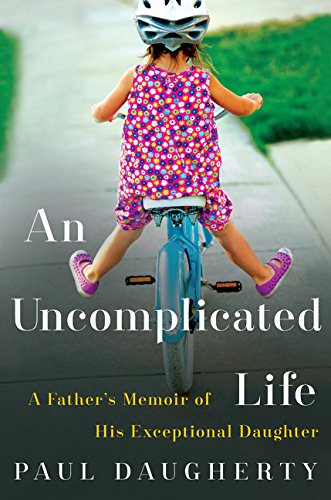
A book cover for Uncomplicated Life, An: A Father's Memoir of His Exceptional Daughter; Paul Daugherty; Parenting & Relationships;